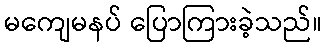
မကျေမနပ် ပြောကြားခဲ့သည်။